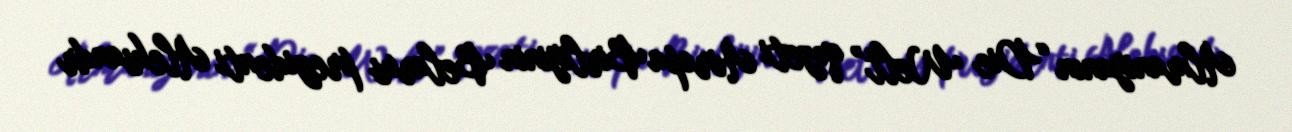
Almaniyanın “Die Welt” qəzeti Avropa Birliyinin Belarus prezidenti Aleksandr